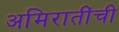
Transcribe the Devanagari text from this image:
अमिरातींची